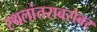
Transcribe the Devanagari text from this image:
स्थलांतराबरोबर